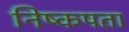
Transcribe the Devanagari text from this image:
निष्कपता